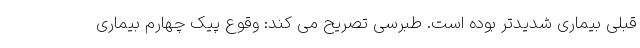
قبلی بیماری شدیدتر بوده است. طبرسی تصریح می کند: وقوع پیک چهارم بیماری